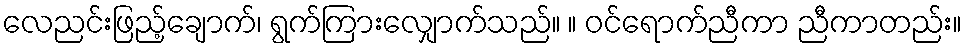
လေညင်းဖြည့်ချောက်၊ ရွက်ကြားလျှောက်သည်။ ။ ဝင်ရောက်ညီကာ ညီကာတည်း။